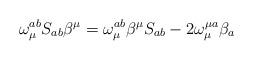
LaTeX: \begin{align*}\omega _{\mu }^{ab}S_{ab}\beta ^{\mu }=\omega _{\mu }^{ab}\beta ^{\mu}S_{ab}-2\omega _{\mu }^{\mu a}\beta _{a} \end{align*}